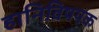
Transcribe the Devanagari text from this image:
हानिविषयक